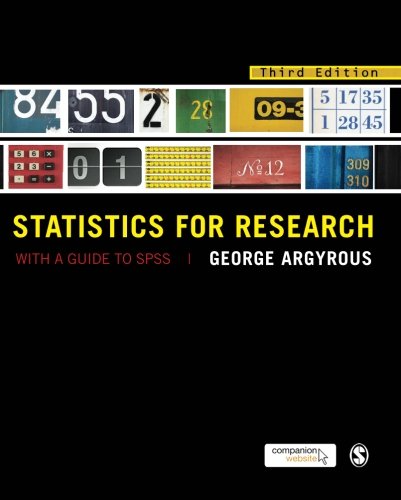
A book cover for Statistics for Research: With a Guide to SPSS; George Argyrous; Reference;